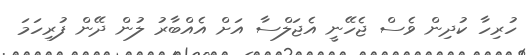
ހުރިހާ ކުދިން ވެސް ޖެހޭނީ އެޖަލްސާ އަށް އެއްބާރު ލުން ދޭން ފުރިހަމަ